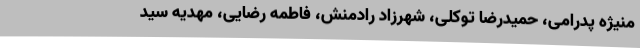
منیژه پدرامی، حمیدرضا توکلی، شهرزاد رادمنش، فاطمه رضایی، مهدیه سید